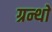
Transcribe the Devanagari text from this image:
ग्रन्थाें